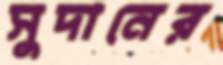
সুদানের